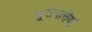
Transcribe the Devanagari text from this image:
भूसंपत्तियां